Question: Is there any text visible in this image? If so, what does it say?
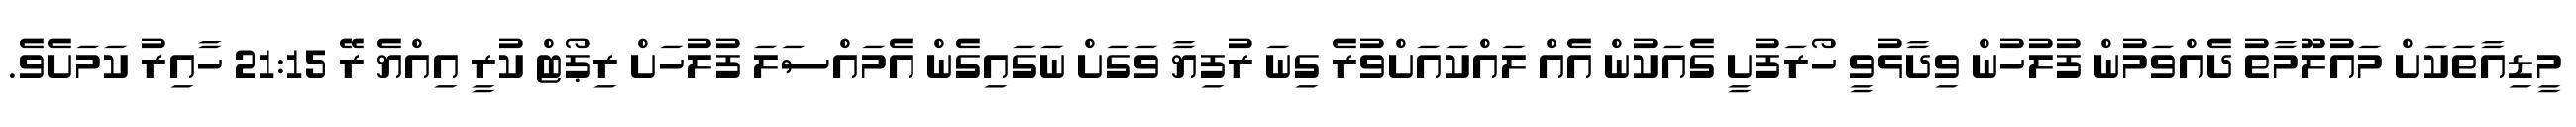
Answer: މީޑިއާތަކަށް މައުލޫމާތު ދެއްވަމުން ފުލުހުން ވިދާޅުވީ ހޯރަފުށީ ގެއަކުން އެއް ލައްކައަށްވުރެ ގިނަ ރުފިޔާ ވަގަށް ނަގައިގެން އެމައްސަލަ ފުލުހަށް ރިޕޯޓް ކުރީ އިއްޔެ ރޭ 21:15 ހާއިރު ކަމަށެވެ.